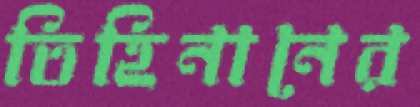
তিহিনানের